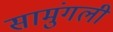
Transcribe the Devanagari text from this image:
सामुंगली